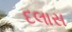
દલાસ